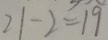
2 1 - 2 = 1 9